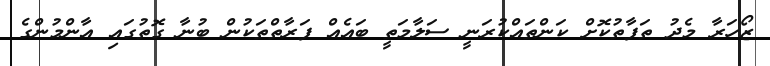
ޒޯހަރާ މެދު ތަފާތުކޮށް ކަންތައްކުރަނީ ސަލާމަތީ ބައެއް ފަރާތްތަކުން ބުނާ ގޮތުގައި އާންމުންގެ